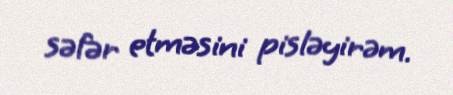
səfər etməsini pisləyirəm.